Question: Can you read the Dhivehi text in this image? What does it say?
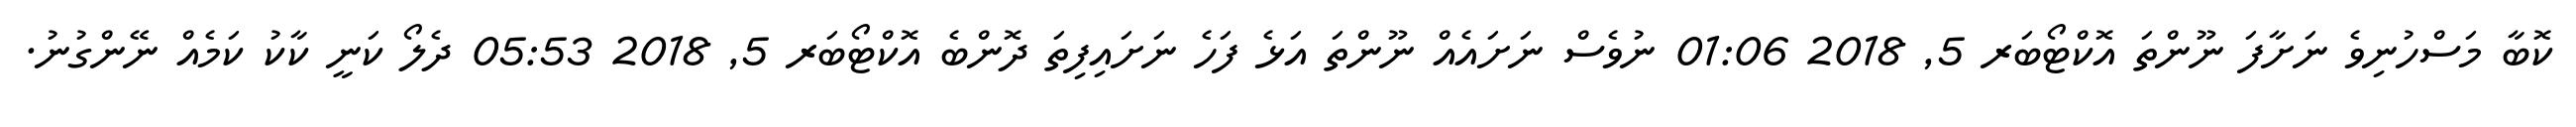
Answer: ކޮބާ މަސްހުނިވެ ނަށާފަ ނޫންތަ އޮކްޓޯބަރ 5, 2018 01:06 ނުވެސް ނަށައެއް ނޫންތަ އަޅެ ފަހެ ނަށައިފިތަ ދޮންބެ އޮކްޓޯބަރ 5, 2018 05:53 ދެލޯ ކަނީ ކާކު ކަމެއް ނޭންގުނު.